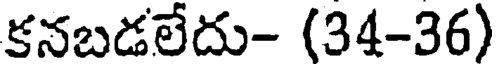
కనబడలేదు- (34-36)